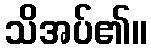
သိအပ်၏။